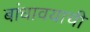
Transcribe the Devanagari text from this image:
बांधावयाची